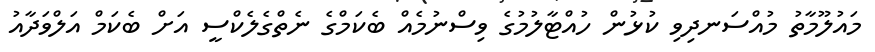
މައުލޫމާތު މުއްސަނދިވި ކުޅުން ހުއްޓާލުމުގެ ވިސްނުމެއް ބެކަމްގެ ނެތްގެލެކްސީ އަށް ބެކަމް އަލްވަދާއު